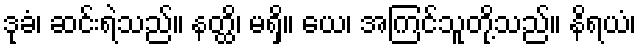
ဒုခံ၊ ဆင်းရဲသည်။ နတ္ထိ၊ မရှိ။ ယေ၊ အကြင်သူတို့သည်။ နိရယံ၊